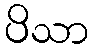
ပိသာ